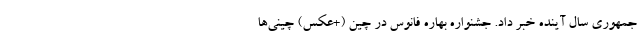
جمهوری سال آینده خبر داد. جشنواره بهاره فانوس در چین (+عکس) چینی‌ها